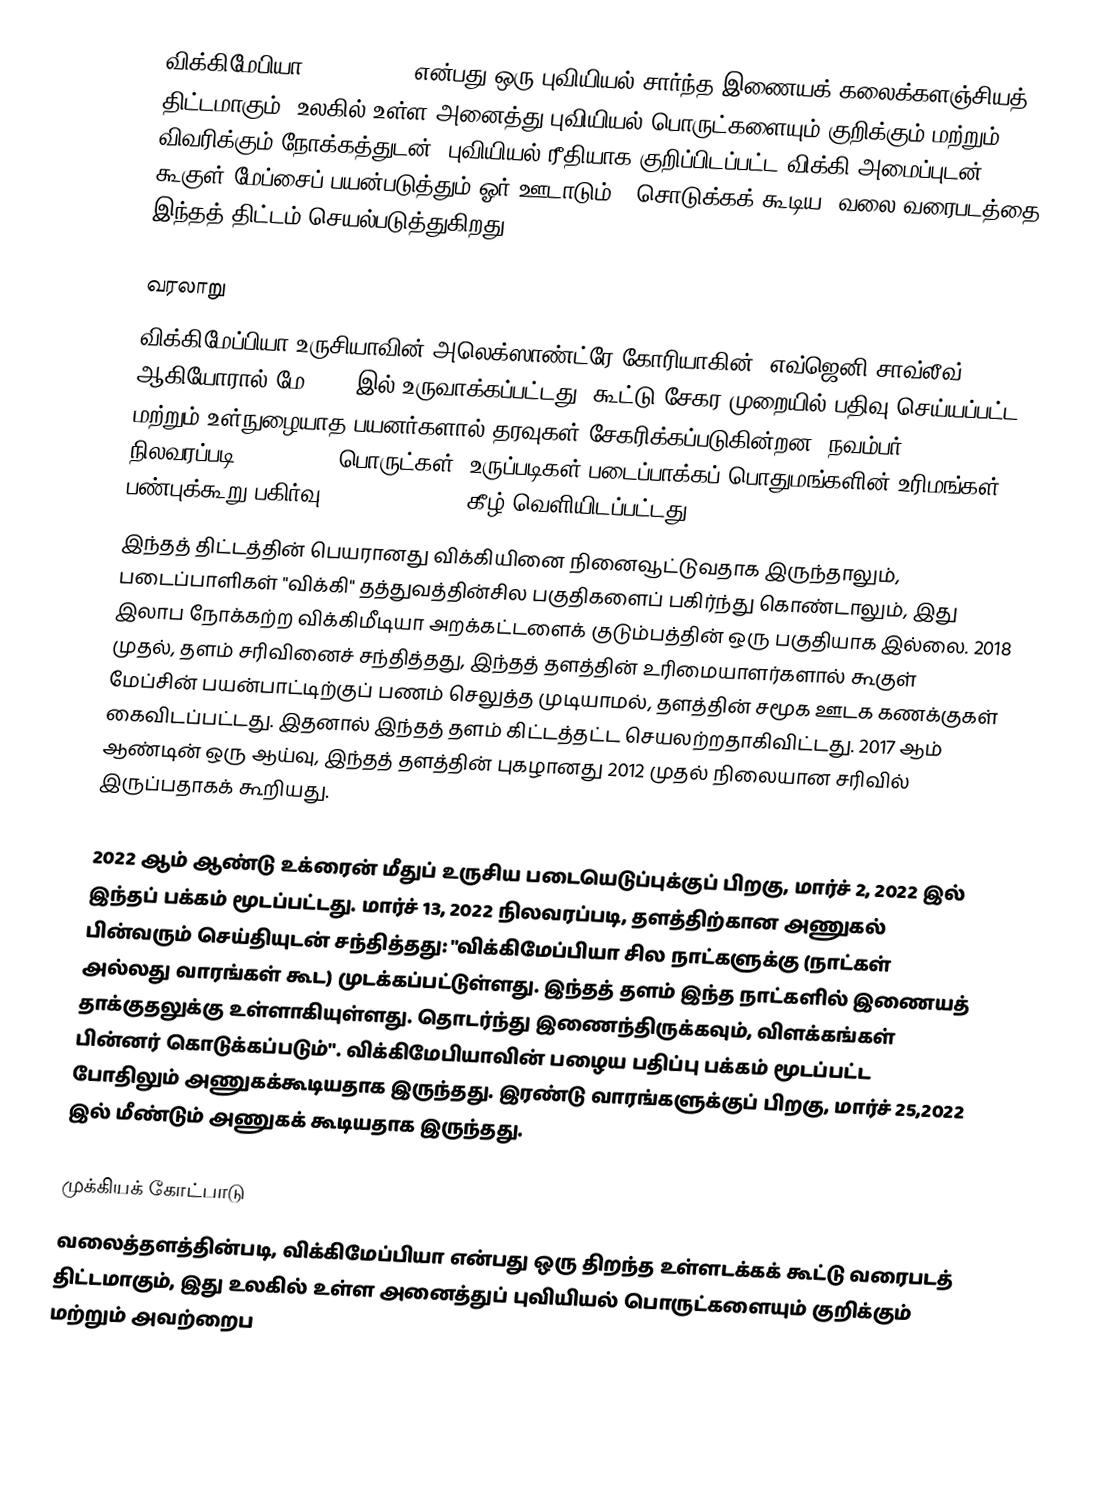
விக்கிமேபியா (Wikimapia) என்பது ஒரு புவியியல் சார்ந்த இணையக் கலைக்களஞ்சியத் திட்டமாகும். உலகில் உள்ள அனைத்து புவியியல் பொருட்களையும் குறிக்கும் மற்றும் விவரிக்கும் நோக்கத்துடன், புவியியல் ரீதியாக குறிப்பிடப்பட்ட விக்கி அமைப்புடன் கூகுள் மேப்சைப் பயன்படுத்தும் ஓர் ஊடாடும், "சொடுக்கக் கூடிய" வலை வரைபடத்தை இந்தத் திட்டம் செயல்படுத்துகிறது.

வரலாறு
விக்கிமேப்பியா உருசியாவின் அலெக்ஸாண்ட்ரே கோரியாகின், எவ்ஜெனி சாவ்லீவ் ஆகியோரால் மே 2006 இல் உருவாக்கப்பட்டது. கூட்டு சேகர முறையில் பதிவு செய்யப்பட்ட மற்றும் உள்நுழையாத பயனர்களால் தரவுகள் சேகரிக்கப்படுகின்றன. நவம்பர் 2017 நிலவரப்படி 28,000,000 பொருட்கள்/ உருப்படிகள் படைப்பாக்கப் பொதுமங்களின் உரிமங்கள் பண்புக்கூறு-பகிர்வு (CC BY-SAAlike) கீழ் வெளியிடப்பட்டது.
 இந்தத் திட்டத்தின் பெயரானது விக்கியினை நினைவூட்டுவதாக இருந்தாலும், படைப்பாளிகள் "விக்கி" தத்துவத்தின்சில பகுதிகளைப் பகிர்ந்து கொண்டாலும், இது இலாப நோக்கற்ற விக்கிமீடியா அறக்கட்டளைக் குடும்பத்தின் ஒரு பகுதியாக இல்லை. 2018 முதல், தளம் சரிவினைச் சந்தித்தது, இந்தத் தளத்தின் உரிமையாளர்களால் கூகுள் மேப்சின் பயன்பாட்டிற்குப் பணம் செலுத்த முடியாமல், தளத்தின் சமூக ஊடக கணக்குகள் கைவிடப்பட்டது. இதனால் இந்தத் தளம் கிட்டத்தட்ட செயலற்றதாகிவிட்டது. 2017 ஆம் ஆண்டின் ஒரு ஆய்வு, இந்தத் தளத்தின் புகழானது 2012 முதல் நிலையான சரிவில் இருப்பதாகக் கூறியது.

2022 ஆம் ஆண்டு உக்ரைன் மீதுப் உருசிய படையெடுப்புக்குப் பிறகு, மார்ச் 2, 2022 இல் இந்தப் பக்கம் மூடப்பட்டது. மார்ச் 13, 2022 நிலவரப்படி, தளத்திற்கான அணுகல் பின்வரும் செய்தியுடன் சந்தித்தது: "விக்கிமேப்பியா சில நாட்களுக்கு (நாட்கள் அல்லது வாரங்கள் கூட) முடக்கப்பட்டுள்ளது. இந்தத் தளம் இந்த நாட்களில் இணையத் தாக்குதலுக்கு உள்ளாகியுள்ளது. தொடர்ந்து இணைந்திருக்கவும், விளக்கங்கள் பின்னர் கொடுக்கப்படும்". விக்கிமேபியாவின் பழைய பதிப்பு பக்கம் மூடப்பட்ட போதிலும் அணுகக்கூடியதாக இருந்தது. இரண்டு வாரங்களுக்குப் பிறகு, மார்ச் 25,2022 இல் மீண்டும் அணுகக் கூடியதாக இருந்தது.

முக்கியக் கோட்பாடு
வலைத்தளத்தின்படி, விக்கிமேப்பியா என்பது ஒரு திறந்த உள்ளடக்கக் கூட்டு வரைபடத் திட்டமாகும், இது உலகில் உள்ள அனைத்துப் புவியியல் பொருட்களையும் குறிக்கும் மற்றும் அவற்றைப